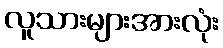
လူသားများအားလုံး